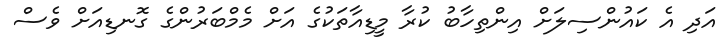
އަދި އެ ކައުންސިލަށް އިންތިހާބު ކުރާ މީޑިއާތަކުގެ އަށް މެމްބަރުންގެ ގޮނޑިއަށް ވެސް